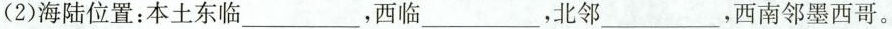
(2)海陆位置：本土东临___，西临___，北邻___，西南邻墨西哥。